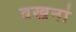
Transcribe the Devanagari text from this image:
वखनां